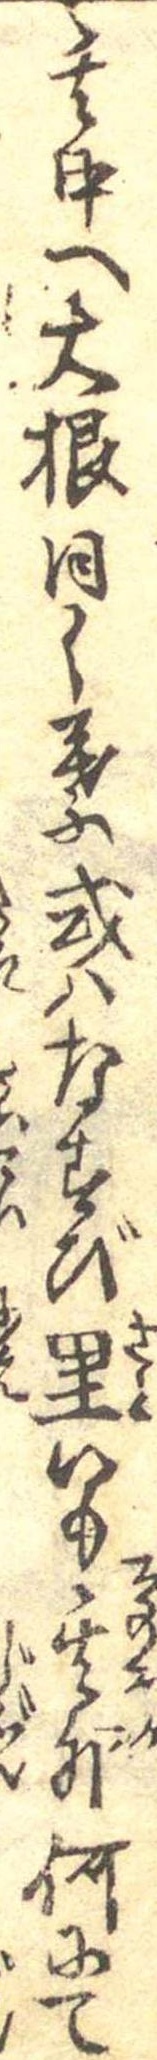
其中へ大根同く葉或はなすび里いも其外何にて